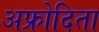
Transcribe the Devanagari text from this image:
अफ्रोदिता